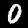
Digit: 0